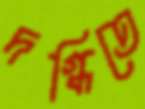
দগ্ধিতে